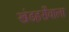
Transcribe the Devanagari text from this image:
खंडहरोंवाला